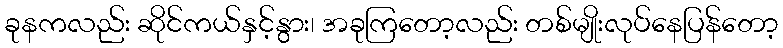
ခုနကလည်း ဆိုင်ကယ်နှင့်နွား၊ အခုကြတော့လည်း တစ်မျိုးလုပ်နေပြန်တော့